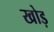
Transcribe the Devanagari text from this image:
खोड़